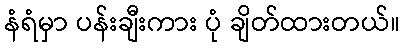
နံရံမှာ ပန်းချီးကား ပုံ ချိတ်ထားတယ်။